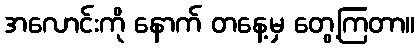
အလောင်းကို နောက် တနေ့မှ တွေ့ကြတာ။